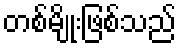
တစ်မျိုးဖြစ်သည်